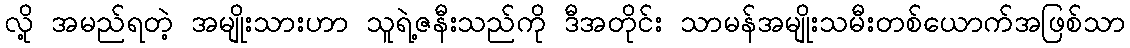
လို့ အမည်ရတဲ့ အမျိုးသားဟာ သူရဲ့ဇနီးသည်ကို ဒီအတိုင်း သာမန်အမျိုးသမီးတစ်ယောက်အဖြစ်သာ